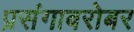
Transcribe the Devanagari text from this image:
प्रसंगाबरोबर